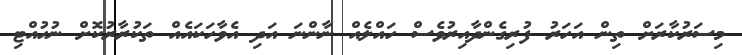
މިސަރުކާރަށް ތިން އަހަރު ފުރިގެންދާއިރުވެސް ހައްލެއް ނާންނަ އަދި އެވާހަކައެއް ތަކުރާރުކޮށް ނުހުއްޓި